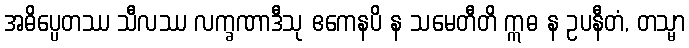
အဓိပ္ပေတဿ သီလဿ လက္ခဏာဒီသု ဧကေနပိ န သမေတီတိ ဣဓ န ဥပနီတံ, တသ္မာ